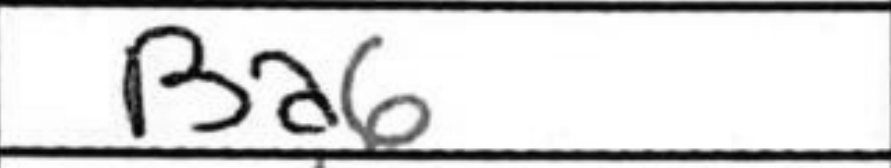
Transcription: Ba6